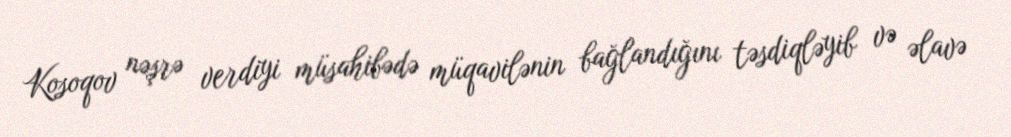
Kosoqov nəşrə verdiyi müsahibədə müqavilənin bağlandığını təsdiqləyib və əlavə